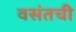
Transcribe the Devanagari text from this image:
वसंतची